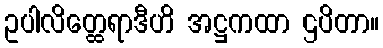
ဥပါလိတ္ထေရာဒီဟိ အဋ္ဌကထာ ဌပိတာ။